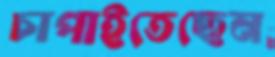
চাপাইতেছেন